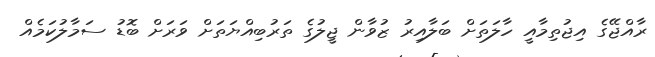
ރާއްޖޭގެ އިޖުތިމާއީ ހާލަތަށް ބަލާއިރު ޒުވާން ޖީލުގެ ތަރުބިއްޔަތަށް ވަރަށް ބޮޑު ސަމާލުކަމެއް